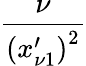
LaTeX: \frac{\nu}{\left(x_{\nu 1}^{\prime}\right)^{2}}